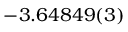
- 3 . 6 4 8 4 9 ( 3 )